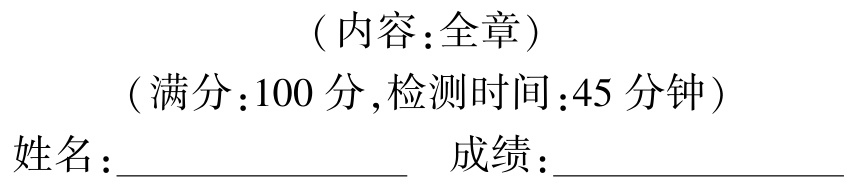
（内容：全章）
（满分：100 分,检测时间：45 分钟）
姓名：________________ 成绩：________________